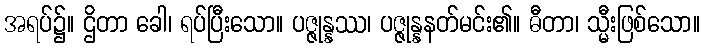
အရပ်၌။ ဌိတာ ခေါ၊ ရပ်ပြီးသော။ ပဇ္ဇုန္နဿ၊ ပဇ္ဇုန္နနတ်မင်း၏။ ဓီတာ၊ သ္မီးဖြစ်သော။